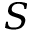
S